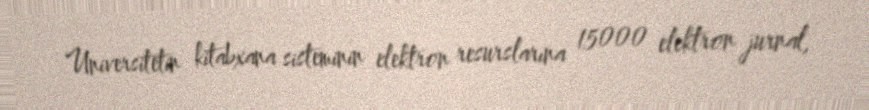
Universitetin kitabxana sisteminin elektron resurslarına 15000 elektron jurnal,